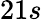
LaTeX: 21s